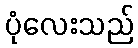
ပုံလေးသည်